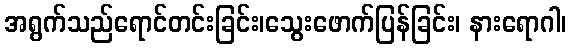
အရွက်သည်ရောင်တင်းခြင်း၊သွေးဖောက်ပြန်ခြင်း၊ နားရောဂါ၊